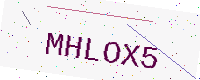
Text: MHLOX5